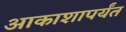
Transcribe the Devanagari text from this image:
आकाशापर्यंत